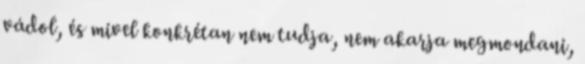
vádol, és mivel konkrétan nem tudja, nem akarja megmondani,